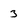
Character: 3